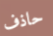
حاذف